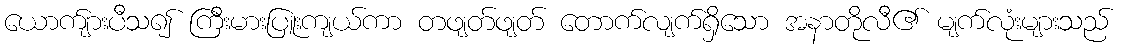
ယောက်ျားပီသ၍ ကြီးမားပြူးကျယ်ကာ တဖျတ်ဖျတ် တောက်လျက်ရှိသော အနာတိုလီ၏ မျက်လုံးများသည်